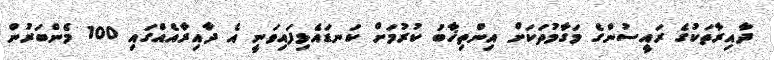
ދާއިރާތަކުގެ ރައީސުންގެ މަގާމުތަކަށް އިންތިޚާބު ކުރުމަށް ކަނޑައެޅިފައިވަނީ އެ ދާއިރާއެއްގައި 100 މެންބަރުން